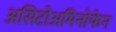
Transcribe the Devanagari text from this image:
असिटोअमिनोफेन